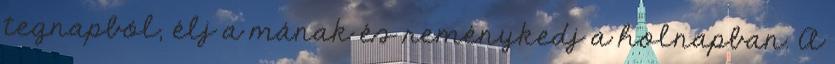
tegnapból, élj a mának és reménykedj a holnapban. A